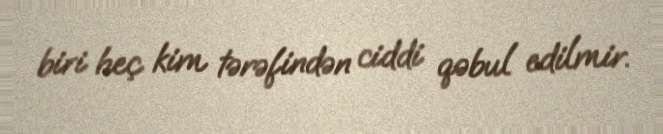
biri heç kim tərəfindən ciddi qəbul edilmir.